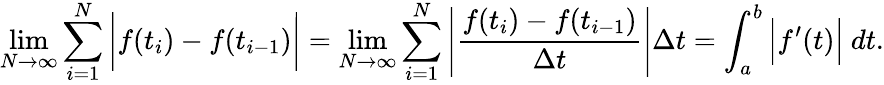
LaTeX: \operatorname*{lim}_{N\to\infty}\sum_{i=1}^{N}{\bigg|}f(t_{i})-f(t_{i-1}){\bigg|}=\operatorname*{lim}_{N\to\infty}\sum_{i=1}^{N}\left|{\frac{f(t_{i})-f(t_{i-1})}{\Delta t}}\right|\Delta t=\int_{a}^{b}{\Big|}f^{\prime}(t){\Big|}\ dt.